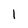
Character: 1